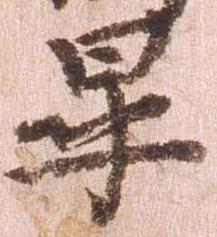
畢